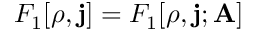
F _ { 1 } [ \rho , \mathbf { j } ] = F _ { 1 } [ \rho , \mathbf { j } ; \mathbf { A } ]